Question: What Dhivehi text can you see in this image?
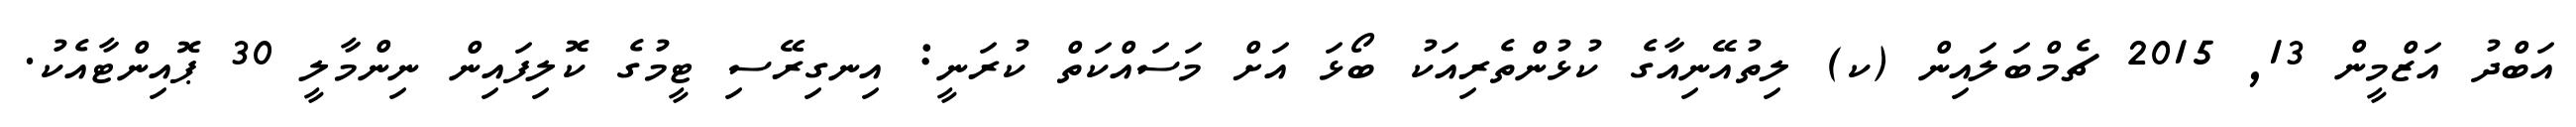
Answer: އަބްދު އަޒްމީން 13, 2015 ޗެމްބަލައިން (ކ) ލިތުއޭނިއާގެ ކުޅުންތެރިއަކު ބޯޅަ އަށް މަސައްކަތް ކުރަނީ: އިނގިރޭސި ޓީމުގެ ކޮލިފައިން ނިންމާލީ 30 ޕޮއިންޓާއެކު.